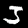
Digit: 3